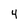
Character: 4